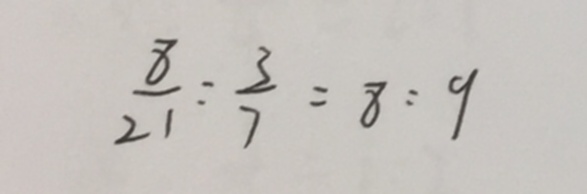
\frac { 8 } { 2 1 } : \frac { 3 } { 7 } = 8 : 9